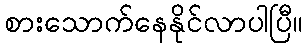
စားသောက်နေနိုင်လာပါပြီ။